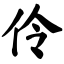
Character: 伶